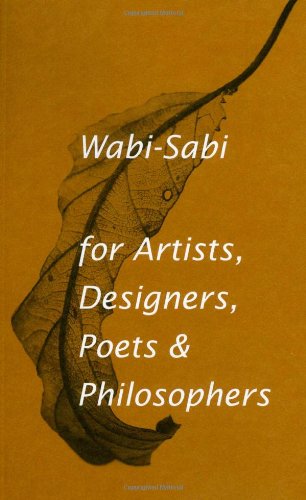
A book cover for Wabi-Sabi for Artists, Designers, Poets & Philosophers; Leonard Koren; Arts & Photography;